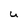
Character: U